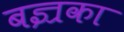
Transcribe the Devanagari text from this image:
बज्रका